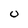
Character: 0